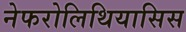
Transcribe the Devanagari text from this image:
नेफरोलिथियासिस